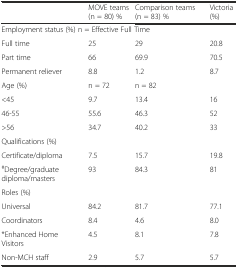
<table><thead><tr><td></td><td><b>MOVE teams (n = 80) %</b></td><td><b>Comparison teams (n = 83) %</b></td><td><b>Victoria (%)</b></td></tr></thead><tbody><tr><td colspan="4">Employment status (%) n = Effective Full Time</td></tr><tr><td>Full time</td><td>25</td><td>29</td><td>20.8</td></tr><tr><td>Part time</td><td>66</td><td>69.9</td><td>70.5</td></tr><tr><td>Permanent reliever</td><td>8.8</td><td>1.2</td><td>8.7</td></tr><tr><td>Age (%)</td><td>n = 72</td><td>n = 82</td><td></td></tr><tr><td>&lt;45</td><td>9.7</td><td>13.4</td><td>16</td></tr><tr><td>46-55</td><td>55.6</td><td>46.3</td><td>52</td></tr><tr><td>&gt;56</td><td>34.7</td><td>40.2</td><td>33</td></tr><tr><td colspan="4">Qualifications (%)</td></tr><tr><td>Certificate/diploma</td><td>7.5</td><td>15.7</td><td>19.8</td></tr><tr><td><sup>#</sup>Degree/graduate diploma/masters</td><td>93</td><td>84.3</td><td>81</td></tr><tr><td colspan="4">Roles (%)</td></tr><tr><td>Universal</td><td>84.2</td><td>81.7</td><td>77.1</td></tr><tr><td>Coordinators</td><td>8.4</td><td>4.6</td><td>8.0</td></tr><tr><td>*Enhanced Home Visitors</td><td>4.5</td><td>8.1</td><td>7.8</td></tr><tr><td>Non-MCH staff</td><td>2.9</td><td>5.7</td><td>5.7</td></tr></tbody></table>